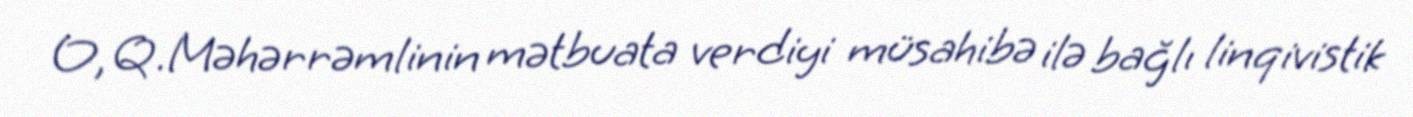
O, Q.Məhərrəmlinin mətbuata verdiyi müsahibə ilə bağlı linqivistik